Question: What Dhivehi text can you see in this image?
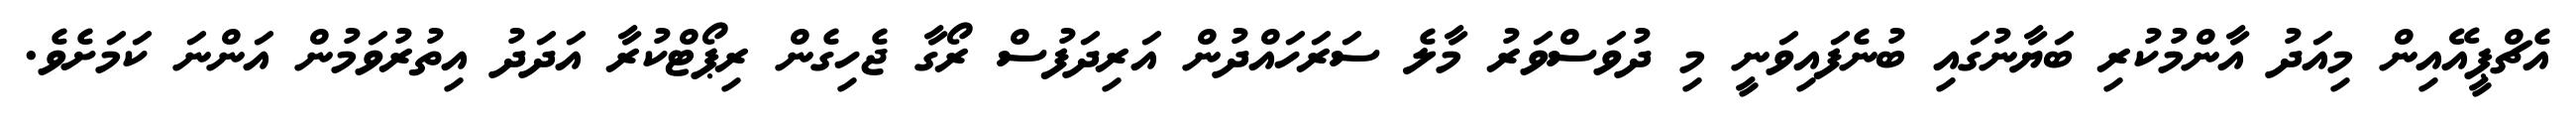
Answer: އެޗްޕީއޭއިން މިއަދު އާންމުކުރި ބަޔާނުގައި ބުނެފައިވަނީ މި ދުވަސްވަރު މާލެ ސަރަހައްދުން އަރިދަފުސް ރޯގާ ޖެހިގެން ރިޕޯޓްކުރާ އަދަދު އިތުރުވަމުން އަންނަ ކަމަށެވެ.